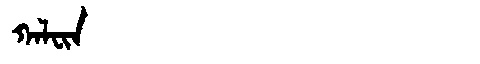
Manchu: ᡴᠠᠯᠸᡳᠨ
Romanization: KALFIN